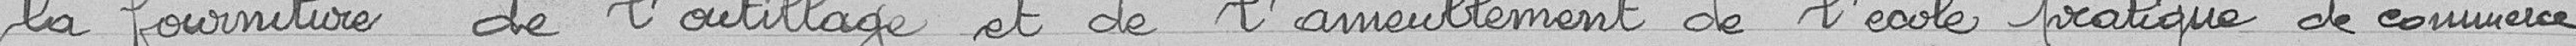
la fourniture de l'outillage et de l'ameublement de l'école pratique de commerce